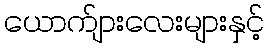
ယောက်ျားလေးများနှင့်